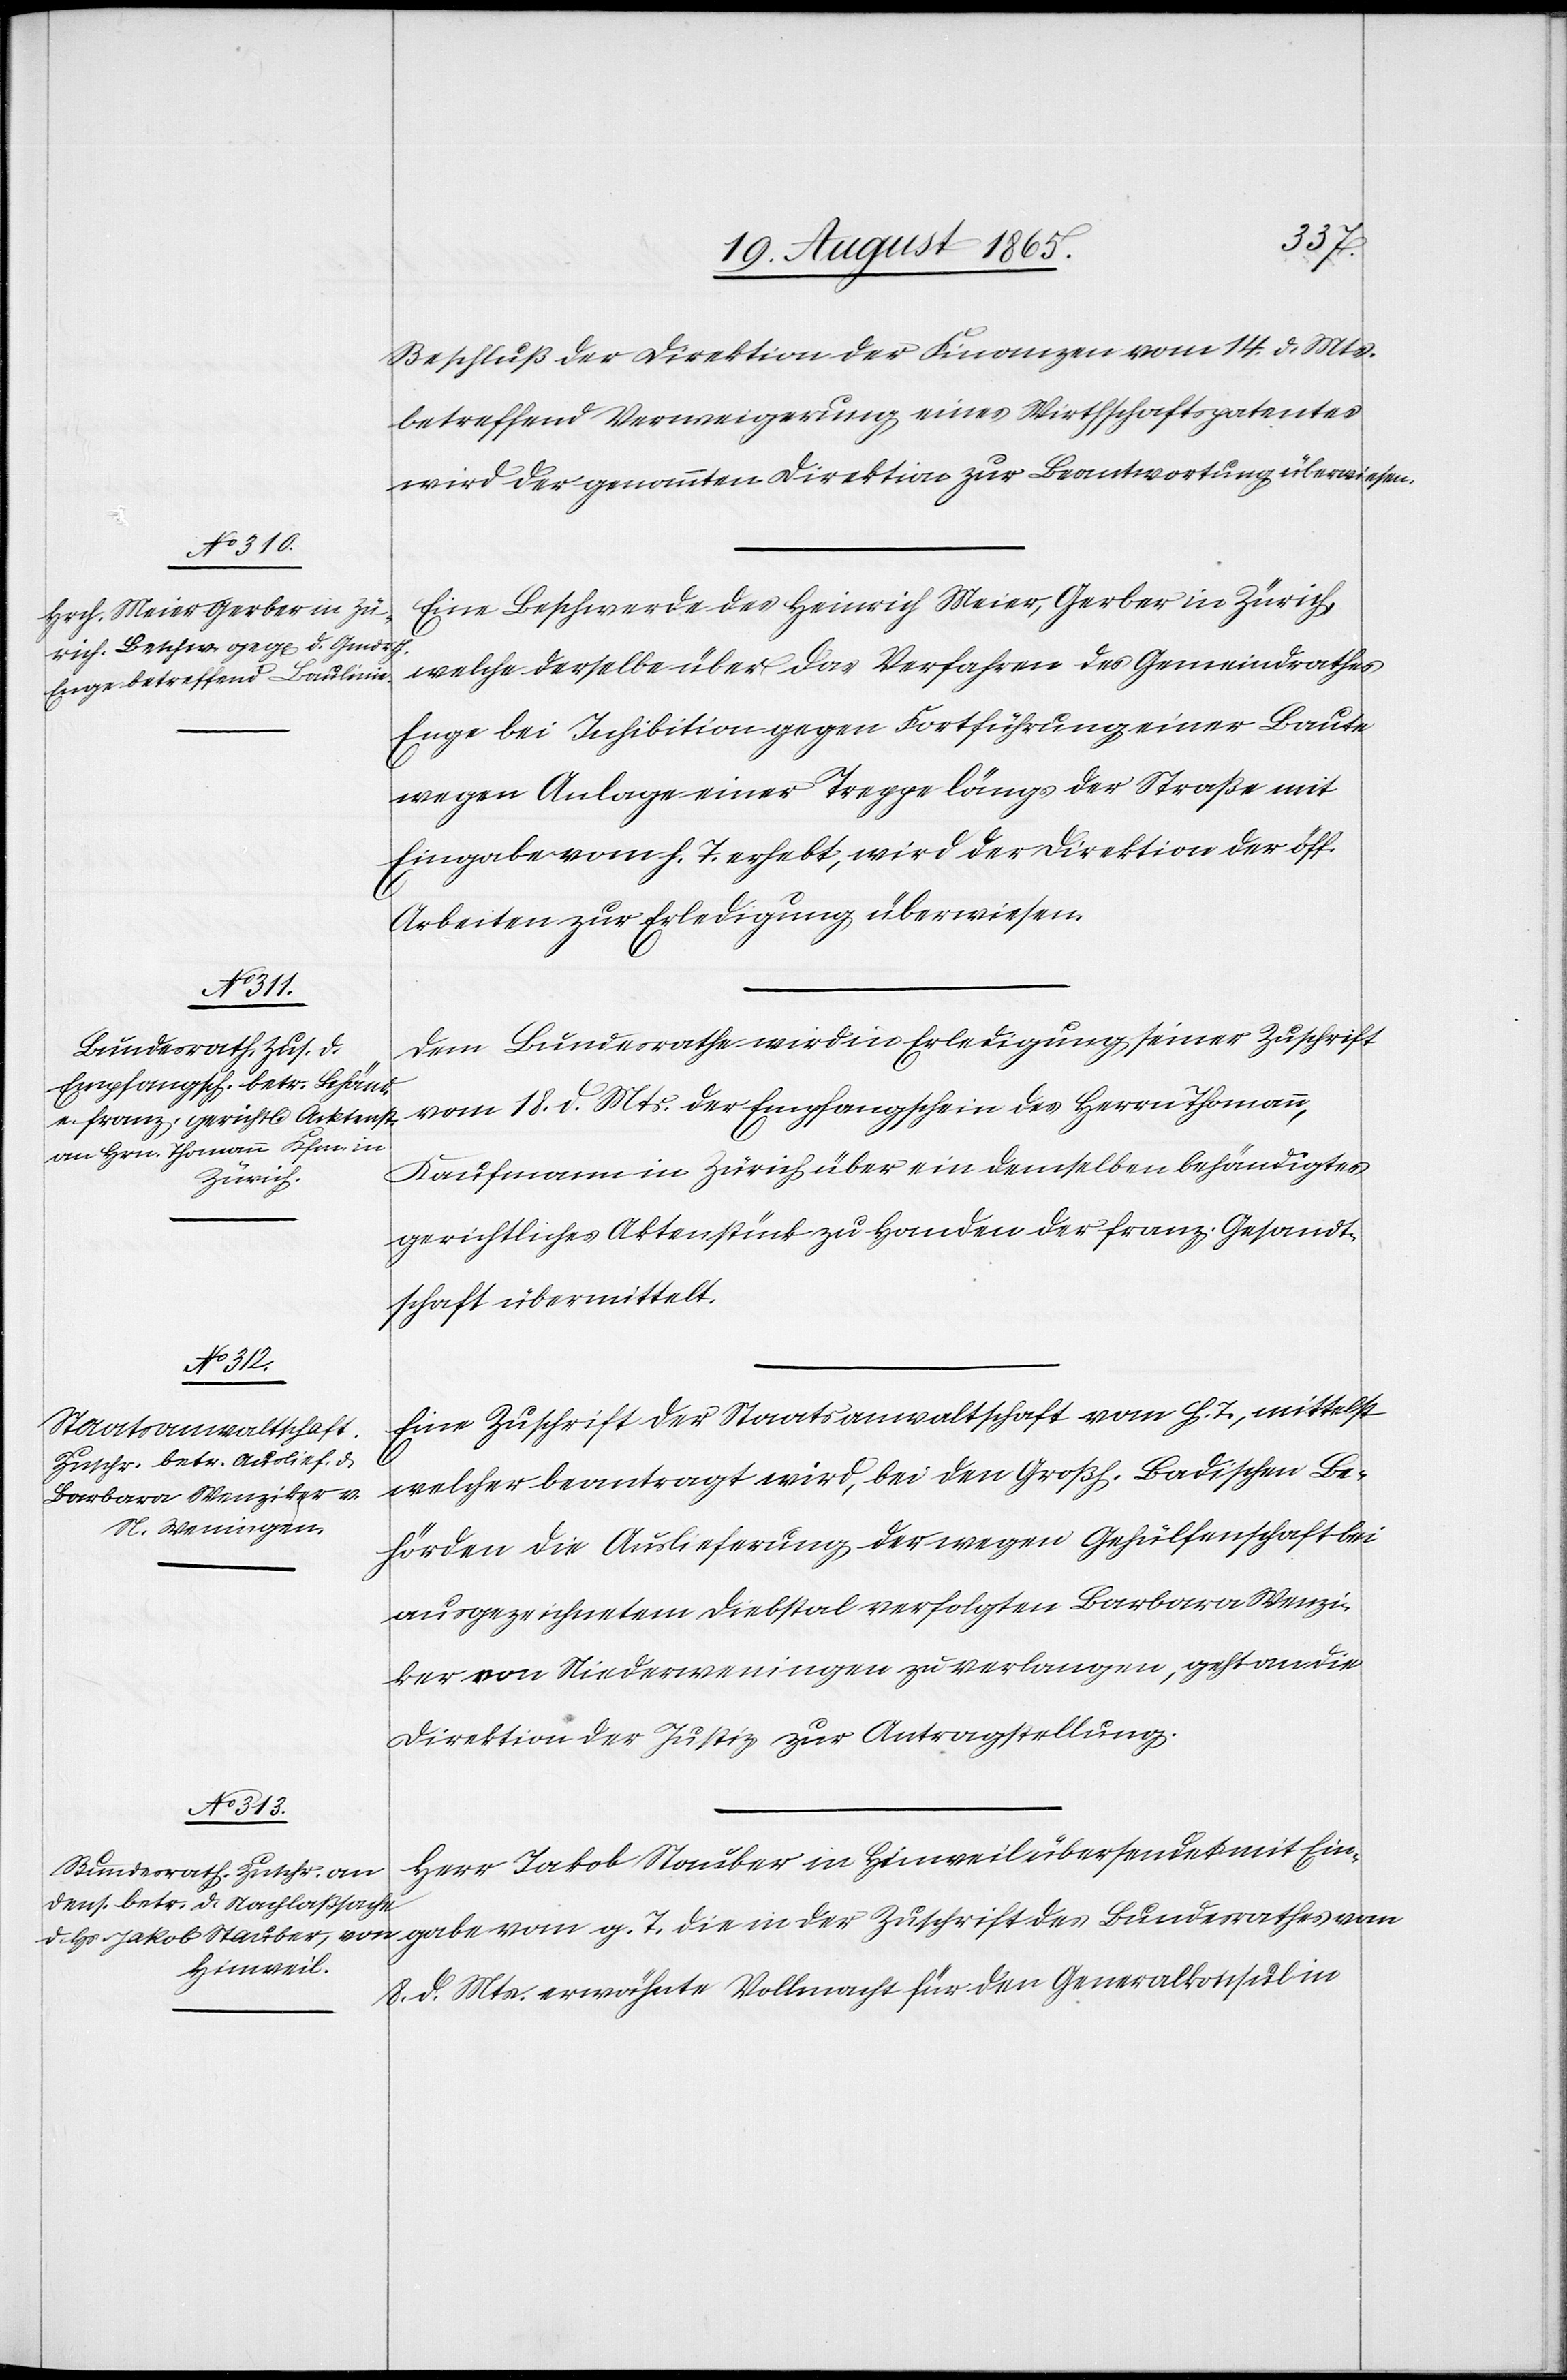
gabe
25. August 1865.]
Beschluß der Direktion der Finanzen vom 14. d. Mts.
betreffend Verweigerung eines Wirthschaftspatentes
wird der genannten Direktion zur Beantwortung überwiesen.
Eine Beschwerde des Heinrich Meier, Gerber in Zürich,
welche derselbe über das Verfahren des Gemeindrathes
Enge bei Inhibition gegen Fortführung einer Baute
wegen Anlage einer Treppe längs der Straße mit
Eingabe vom h. T. erhebt, wird der Direktion der öff.
Arbeiten zur Erledigung überwiesen.
Dem Bundesrathe wird in Erledigung seiner Zuschrift
vom 18. d. Mts. der Empfangschein des Herrn Thomann,
Kaufmann in Zürich über ein demselben behändigtes
gerichtliches Aktenstück zu Handen der franz. Gesandt¬
schaft übermittelt.
g. T.
Eine Zuschrift der Staatsanwaltschaft vom h. T., mittelst
welcher beantragt wird, bei den Großh. Badischen Be¬
hörden die Auslieferung der wegen Gehülfenschaft bei
ausgezeichnetem Diebstal verfolgten Barbara Wenzi¬
ker von Niederweningen zu verlangen, geht an die
Direktion der Justiz zur Antragstellung.
Herr Jakob Stauber in Hinweil übersendet mit Ein¬
8. d. Mts. erwähnte Vollmacht für den Generalkonsul in